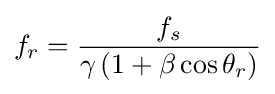
f_{r}={\frac {f_{s}}{\gamma \left(1+\beta \cos \theta _{r}\right)}}